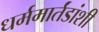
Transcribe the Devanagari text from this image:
धर्ममार्तंडांशी